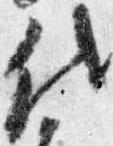
代